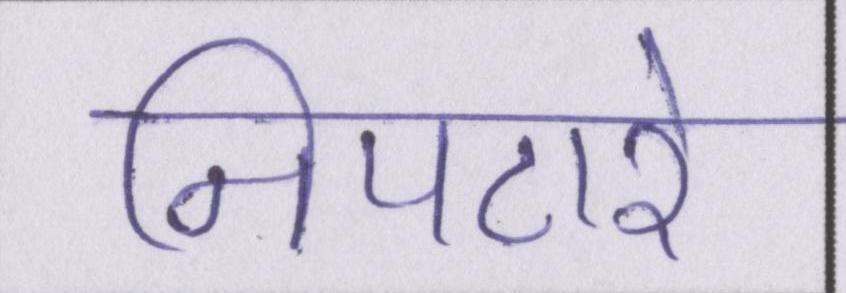
निपटारे